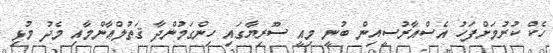
ހެކް ކުރުމަށްފަހު އެސްއާރުސީއިން ބުނީ މިއީ ސޫރިޔާގައި ހިންގަމުންދާ ޤަތުލްޢާންމާއި މެދު މުޅި